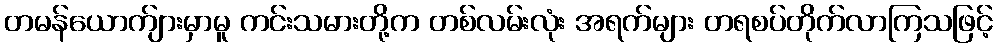
တမန်ယောက်ျားမှာမူ ကင်းသမားတို့က တစ်လမ်းလုံး အရက်များ တရစပ်တိုက်လာကြသဖြင့်